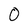
Character: 0